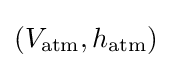
(V_{\text{atm}},h_{\text{atm}})